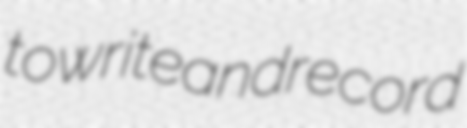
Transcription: to write and record